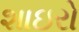
શાઇરો